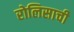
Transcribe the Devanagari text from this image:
रोलिसाची